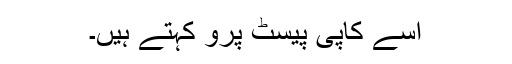
اسے کاپی پیسٹ پرو کہتے ہیں۔